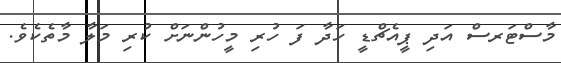
މާސްޓަރސް އަދި ޕީއެޗްޑީ ހަދާ ފަ ހުރި މީހުންނަށް ކުރި މަލާ މާތެކެވެ.